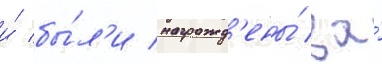
и́ бы́л'и награжд'ены́ за́